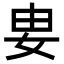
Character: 𡛽